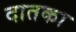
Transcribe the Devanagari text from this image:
दातका